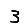
Digit: 3